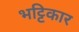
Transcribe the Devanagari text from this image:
भट्टिकार